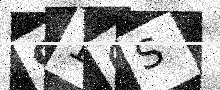
Text: 91OS